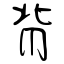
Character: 背